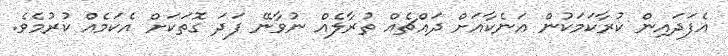
އެފަދައިން ކުރާކަމަކުން އަނެކާއަށް ދައްޗެއް ތުރާލެއް ނުވާނޭ ފަދަ ގޮތަކަށް އެކަމެއް ކުރުމެވެ.